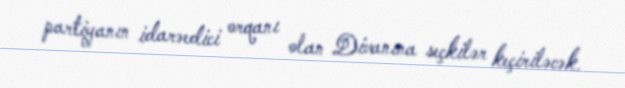
partiyanın idarəedici orqanı olan Divanına seçkilər keçiriləcək.